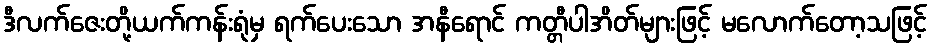
ဒီလက်ဇေးတို့ယက်ကန်းရုံမှ ရက်ပေးသော အနီရောင် ကတ္တီပါအိတ်များဖြင့် မလောက်တော့သဖြင့်